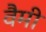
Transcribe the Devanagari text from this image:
वैमी